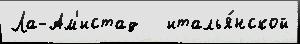
Ла-Ам'истад   италья́нской